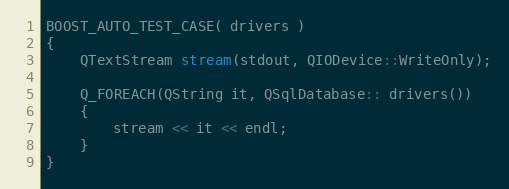
Language: C++
BOOST_AUTO_TEST_CASE( drivers )
{
    QTextStream stream(stdout, QIODevice::WriteOnly);

    Q_FOREACH(QString it, QSqlDatabase:: drivers())
    {
        stream << it << endl;
    }
}